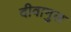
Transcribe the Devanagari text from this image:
दीवानुल